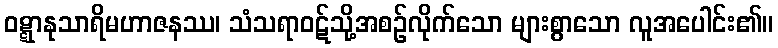
ဝဋ္ဋာနုသာရိမဟာဇနဿ၊ သံသရာဝဋ်သို့အစဉ်လိုက်သော များစွာသော လူအပေါင်း၏။